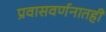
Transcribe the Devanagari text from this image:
प्रवासवर्णनातही